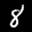
Label: 8